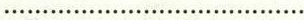
…………